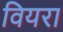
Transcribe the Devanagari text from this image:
वियरा